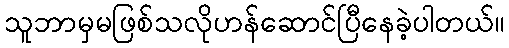
သူဘာမှမဖြစ်သလိုဟန်ဆောင်ပြီနေခဲ့ပါတယ်။